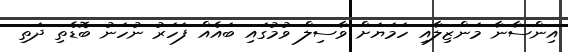
އިންސާނާ މަންޒިލާއި ހަމަޔަށް ވާސިލް ވުމުގައި ބައެއް ފަހަރު ނުހަނު ބޮޑެތި ދަތި